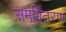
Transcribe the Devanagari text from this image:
समवितरण